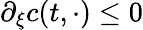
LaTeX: \partial_{\xi}c(t,\cdot)\leq 0